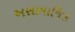
અસામાજિક